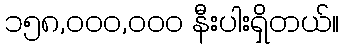
၁၅၈,၀၀၀,၀၀၀ နီးပါးရှိတယ်။